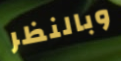
وبالنظر